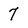
Character: 7